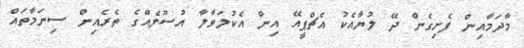
މާދަމާއިން ފެށިގެން ދޭ ލުޔާއެކު އެޗްޕީއޭ އިން އެކުލަވާލާ އުސޫލެއްގެ ތެރެއިން ސިނަމާތައް